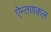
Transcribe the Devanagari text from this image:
ऐन्तणकल